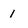
Character: 1